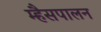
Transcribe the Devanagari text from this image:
म्हैसपालन